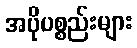
အပိုပစ္စည်းများ